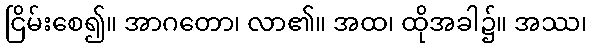
ငြိမ်းစေ၍။ အာဂတော၊ လာ၏။ အထ၊ ထိုအခါ၌။ အဿ၊